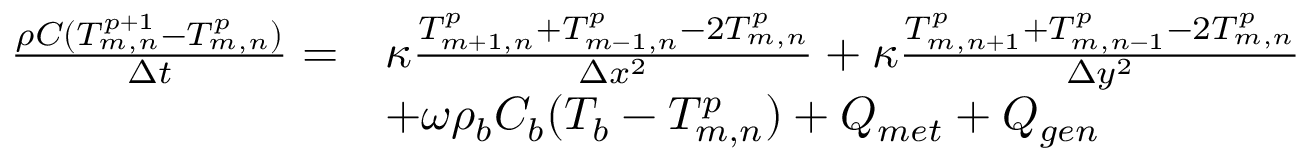
\begin{array} { r l } { \frac { \rho C ( T _ { m , n } ^ { p + 1 } - T _ { m , n } ^ { p } ) } { \Delta t } = } & { \kappa \frac { T _ { m + 1 , n } ^ { p } + T _ { m - 1 , n } ^ { p } - 2 T _ { m , n } ^ { p } } { \Delta x ^ { 2 } } + \kappa \frac { T _ { m , n + 1 } ^ { p } + T _ { m , n - 1 } ^ { p } - 2 T _ { m , n } ^ { p } } { \Delta y ^ { 2 } } } \\ & { + \omega \rho _ { b } C _ { b } ( T _ { b } - T _ { m , n } ^ { p } ) + Q _ { m e t } + Q _ { g e n } } \end{array}